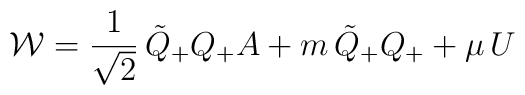
{\cal{W}}=\frac{1}{\sqrt{2}}\,\tilde Q_{+}Q_{+}A+m\,\tilde Q_{+}Q_{+} +\mu\, U